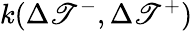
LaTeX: k(\Delta{\mathscr{T}}^{-},\Delta{\mathscr{T}}^{+})